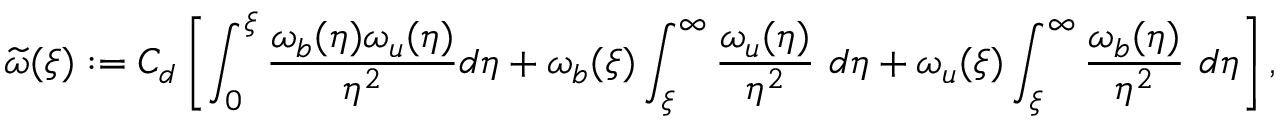
\widetilde \omega ( \xi ) : = C _ { d } \left[ \int _ { 0 } ^ { \xi } \frac { \omega _ { b } ( \eta ) \omega _ { u } ( \eta ) } { \eta ^ { 2 } } d \eta + \omega _ { b } ( \xi ) \int _ { \xi } ^ { \infty } \frac { \omega _ { u } ( \eta ) } { \eta ^ { 2 } } \ d \eta + \omega _ { u } ( \xi ) \int _ { \xi } ^ { \infty } \frac { \omega _ { b } ( \eta ) } { \eta ^ { 2 } } \ d \eta \right] ,